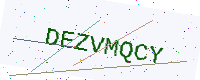
Text: DEZVMQCY